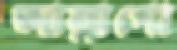
আল্লাগো